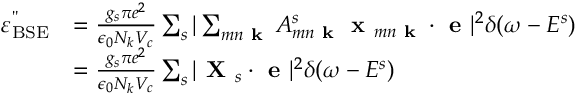
\begin{array} { r l } { \varepsilon _ { \mathrm { B S E } } ^ { " } } & { = \frac { g _ { s } \pi e ^ { 2 } } { \epsilon _ { 0 } N _ { k } V _ { c } } \sum _ { s } | \sum _ { m n \textbf { k } } A _ { m n \textbf { k } } ^ { s } \textbf { x } _ { m n \textbf { k } } \cdot \textbf { e } | ^ { 2 } \delta ( \omega - E ^ { s } ) } \\ & { = \frac { g _ { s } \pi e ^ { 2 } } { \epsilon _ { 0 } N _ { k } V _ { c } } \sum _ { s } | \textbf { X } _ { s } \cdot \textbf { e } | ^ { 2 } \delta ( \omega - E ^ { s } ) } \end{array}